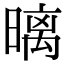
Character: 𣉽